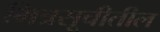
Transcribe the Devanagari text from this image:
मित्रसूचीतील